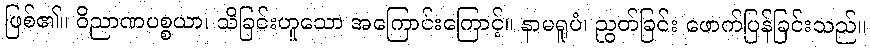
ဖြစ်၏။ ဝိညာဏပစ္စယာ၊ သိခြင်းဟူသော အကြောင်းကြောင့်။ နာမရူပံ၊ ညွတ်ခြင်း ဖောက်ပြန်ခြင်းသည်။